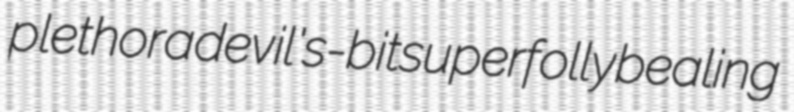
plethora devil's-bit superfolly bealing